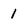
Character: 1